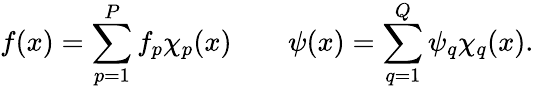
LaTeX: f(x)=\sum_{p=1}^{P}f_{p}\chi_{p}(x)\qquad\psi(x)=\sum_{q=1}^{Q}\psi_{q}\chi_{q}(x).